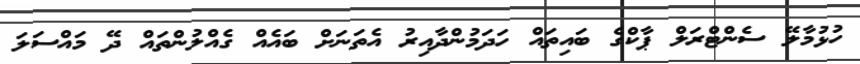
ހުޅުމާލޭ ސެންޓްރަލް ޕާކްގެ ބައިތައް ހަދަމުންދާއިރު އެތަނަށް ބައެއް ގެއްލުންތައް ދޭ މައްސަލަ